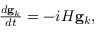
\begin{array} { r } { \frac { d \mathbf { g } _ { k } } { d t } = - i H \mathbf { g } _ { k } , } \end{array}